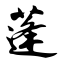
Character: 蓬